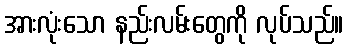
အားလုံးသော နည်းလမ်းတွေကို လုပ်သည်။